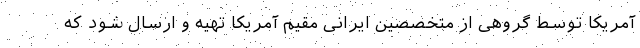
آمریکا توسط گروهی از متخصصین ایرانی مقیم آمریکا تهیه و ارسال شود که